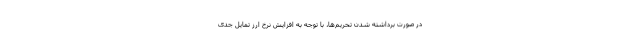
در صورت برداشته شدن تحریم‌ها، با توجه به افزایش نرخ ارز تمایل جدی